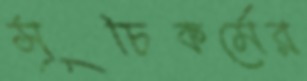
সূচিকর্মের